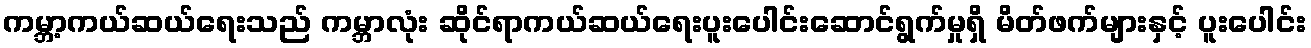
ကမ္ဘာ့ကယ်ဆယ်ရေးသည် ကမ္ဘာလုံး ဆိုင်ရာကယ်ဆယ်ရေးပူးပေါင်းဆောင်ရွက်မှုရှိ မိတ်ဖက်များနှင့် ပူးပေါင်း